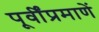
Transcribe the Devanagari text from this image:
पूर्वींप्रमाणें